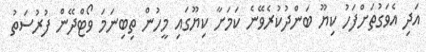
އަދި އެވަގުތަށްފަހު ކިޔޫ ބަންދުކުރެވޭނެ ކަމަށާ ކިޔޫގައި މީހުން ތިބިނަމަ ވޯޓްދޭން ފުރުސަތު